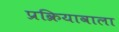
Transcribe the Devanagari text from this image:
प्रक्रियावाला